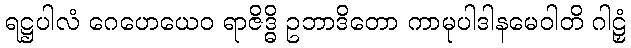
ရဋ္ဌပါလံ ဂေဟေယေဝ ရာဇိဒ္ဓိ ဥဘာဒိတော ကာမုပါဒါနမေဝါတိ ဂါဠှံ